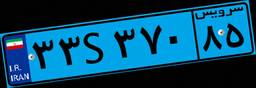
۳۳S۳۷۰۸۵